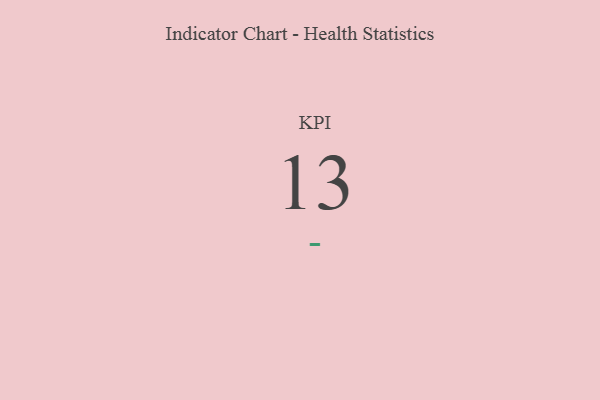
{"axis": {"x": "KPI", "y": "Value"}, "legend": [""], "data": [{"x": "KPI", "y": 13, "type": ""}]}